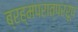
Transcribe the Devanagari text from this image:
ब्रह्मपरात्पररूप